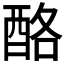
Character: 酪